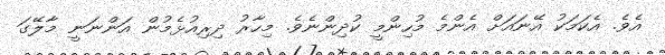
އެވެ. އެކަމަކު އޭނައަށް އެންމެ މުހިންމީ ކުދިންނެވެ. މިހާރު ދިރިއުޅެމުން އަންނަނީ މާލޭގަ